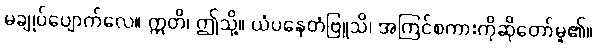
မချုပ်ပျောက်လေ။ ဣတိ၊ ဤသို့။ ယံပနေတံဗြူသိ၊ အကြင်စကားကိုဆိုတော်မူ၏။